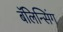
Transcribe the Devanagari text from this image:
बॅलिन्सिंग